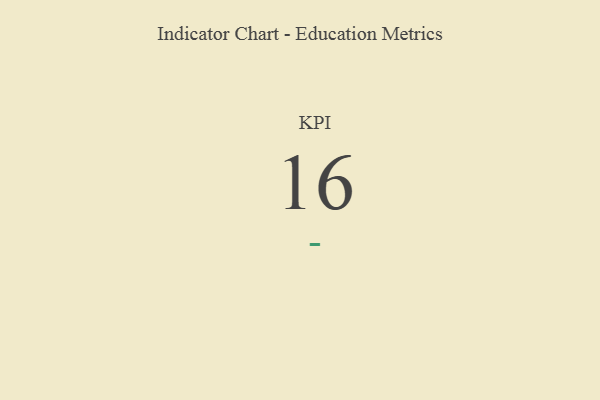
{"axis": {"x": "KPI", "y": "Value"}, "legend": [""], "data": [{"x": "KPI", "y": 16, "type": ""}]}